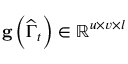
\mathbf { g } \left( \widehat { \Gamma } _ { t } \right) \in \mathbb { R } ^ { u \times v \times l }